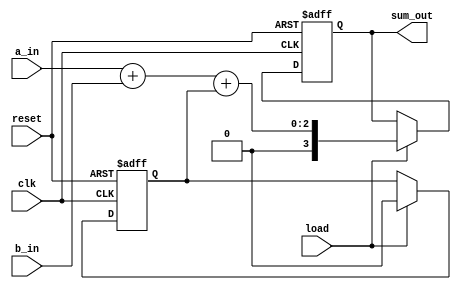
module serial_adder (
    input wire clk,
    input wire reset,
    input wire load,
    input wire a_in,
    input wire b_in,
    output reg [3:0] sum_out
);

reg carry;

always @(posedge clk or posedge reset) begin
    if (reset) begin
        sum_out <= 4'b0000;
        carry <= 1'b0;
    end else if (load) begin
        {carry, sum_out} <= a_in + b_in + carry;
    end
end

endmodule